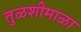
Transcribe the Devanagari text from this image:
तुळशीमाळा